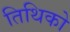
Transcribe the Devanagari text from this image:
तिथिको